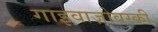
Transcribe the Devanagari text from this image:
गाइवाज़ोवस्की